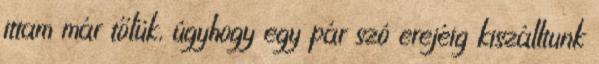
ittam már tőlük, úgyhogy egy pár szó erejéig kiszálltunk